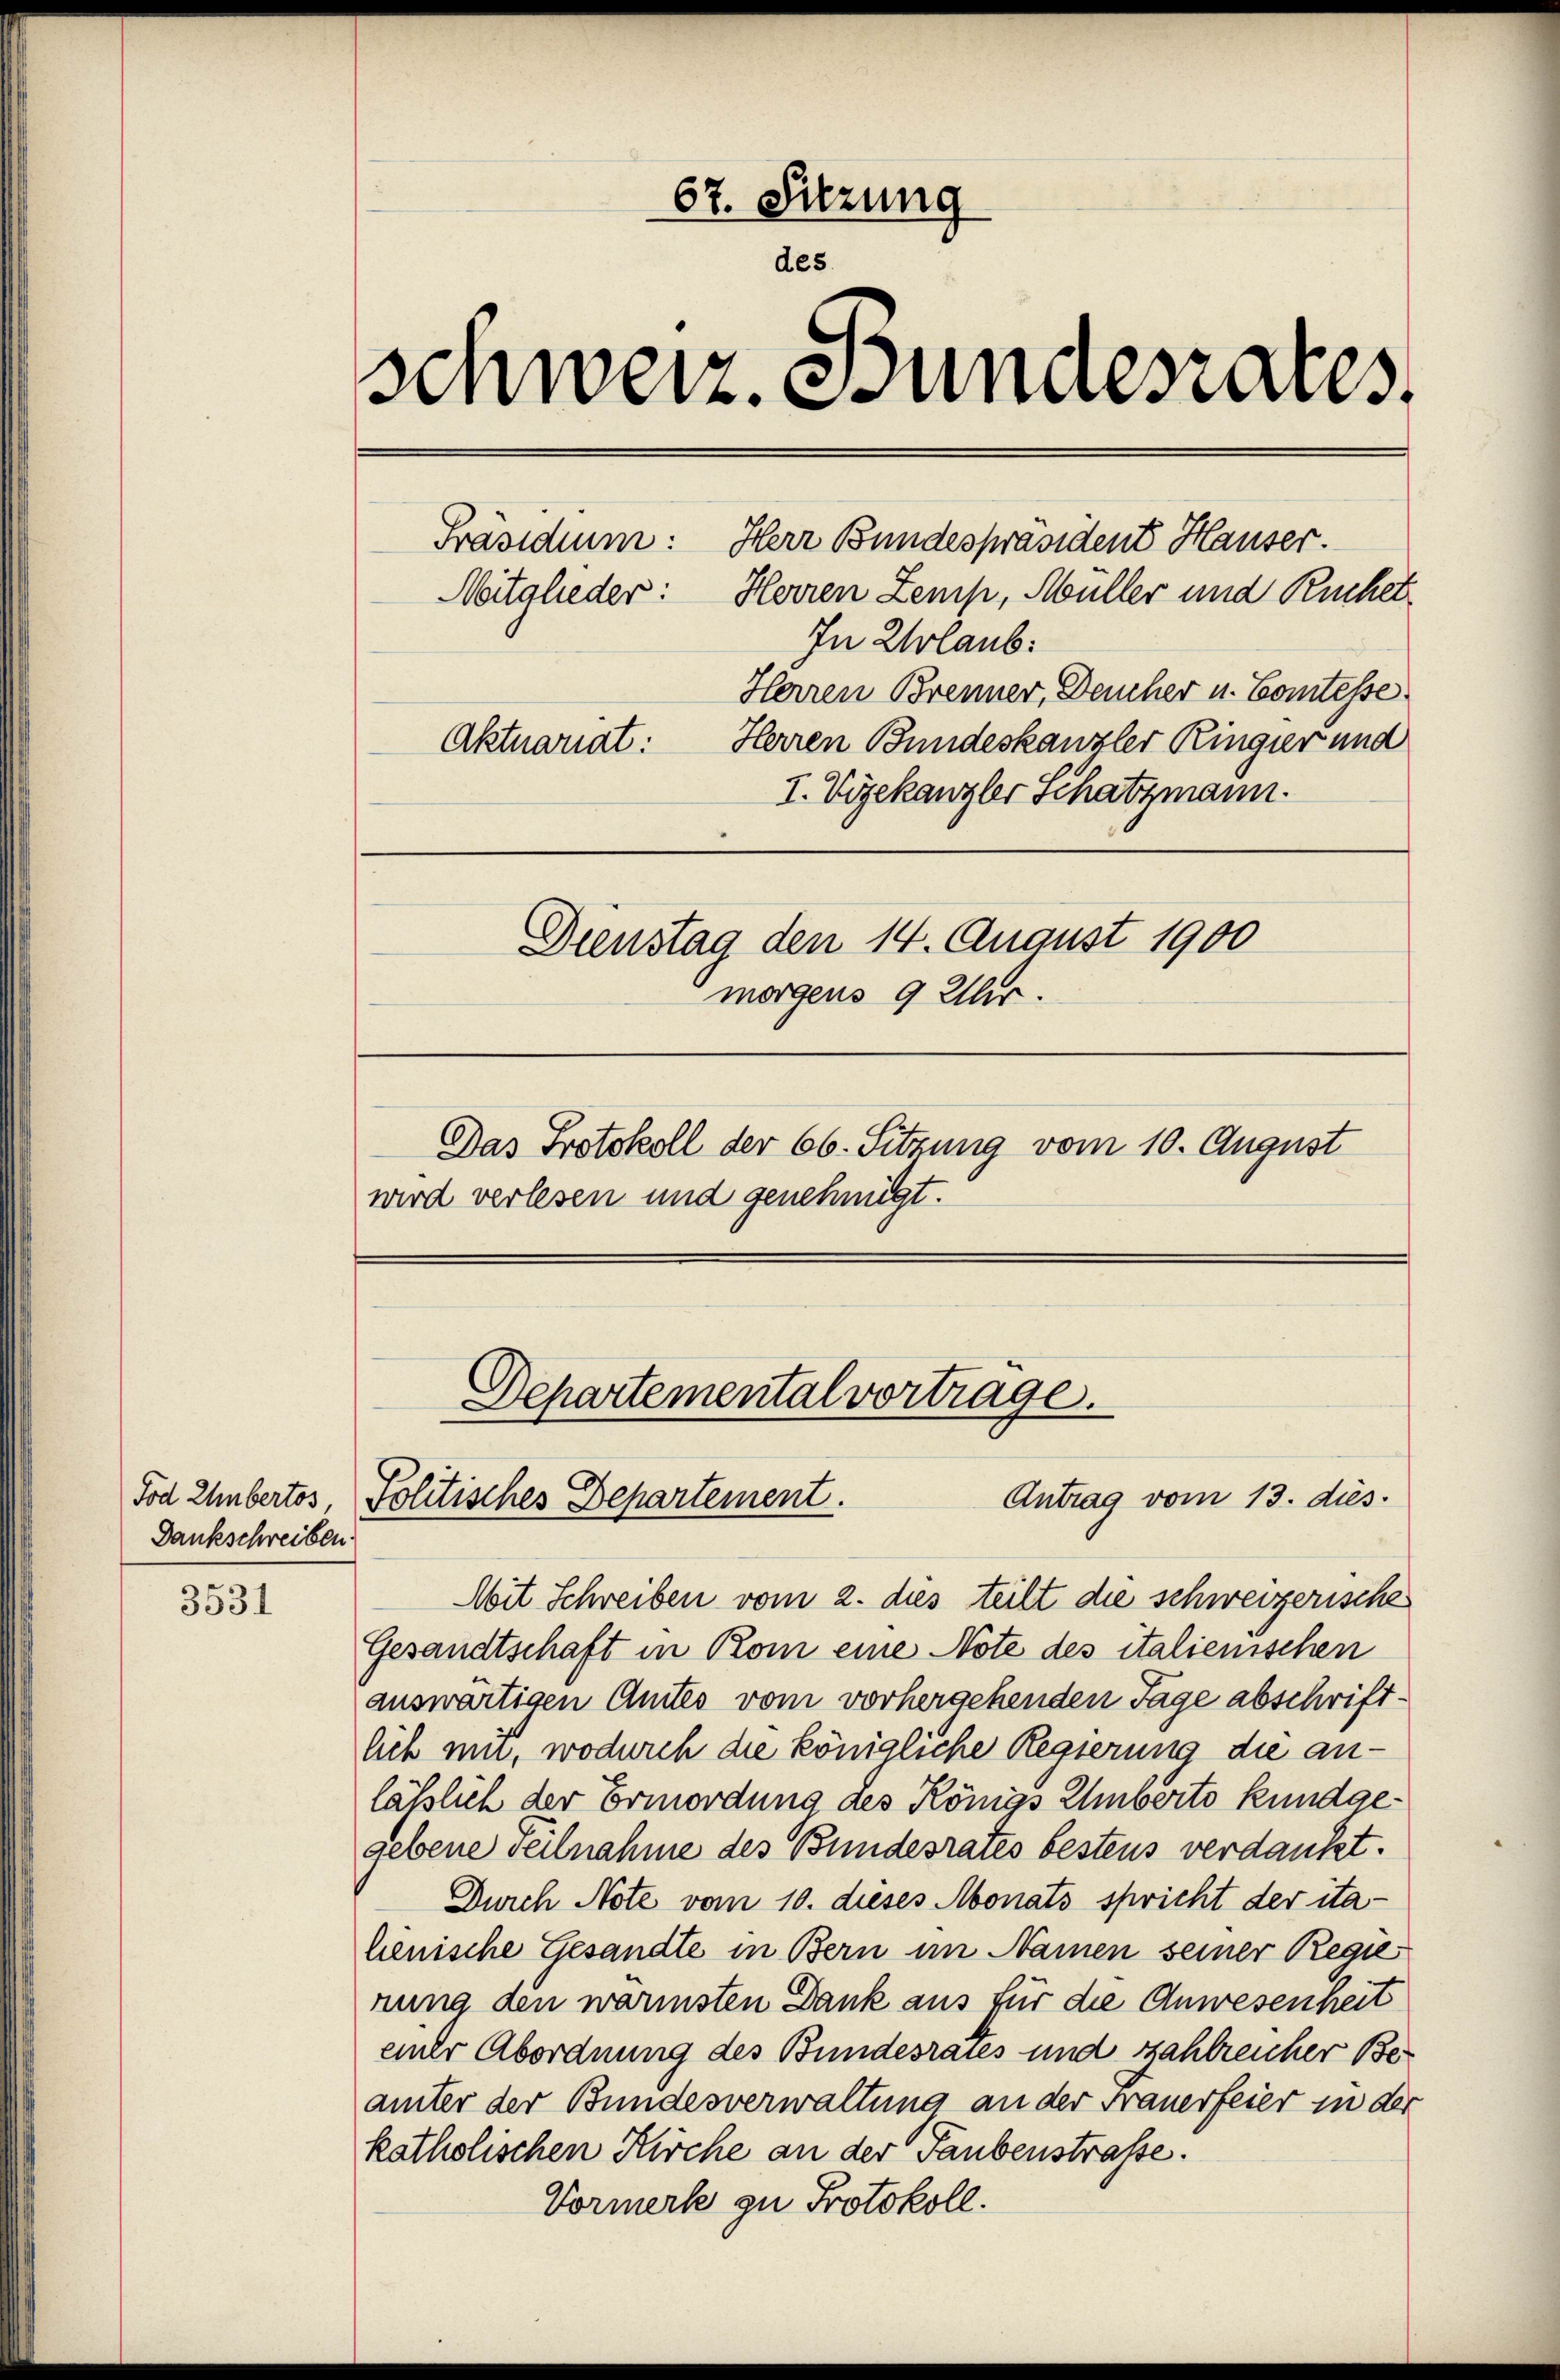
Dankschreiben.

3531

67. Sitzung
des
schwerz. Junaesares
Präsidium:
Aktuariat:
Dienstag den 14. August 1900
morgens 9 Uhr.
Das Protokoll der 66. Sitzung vom 10. August
wird verlesen und genehmigt.

Mit Schreiben vom 2. dies teilt die schweizerische
Gesandtschaft in Rom eine Note des italienischen
auswärtigen Amtes vom vorhergehenden Tage abschriftlich um, wodurch die königliche Regierung die anlässlich der Ermordung des Königs Eberto kundgegebene Teilnahme des Bundesrates bestens verdankt.
Durch Note vom 10. dieses Monats spricht der ita-
henische Gesandte in Bern im Namen seiner Regie
nung den wärmsten Dank aus für die Anwesenheit
einer Abordnung des Bundesrais und zahlreicher Beämter der Bundesverwaltung an der Frauerfeier in der
katholischen Kirche an der Taubenstraße.
Vormerk zu Protokoll.

Mitglieder: Herren Zemp, Müller und Ruchet
In Urlaub.
Herren Brenner, Deucher u. Comtesse
Herren Bundeskanzler Ringier und
I. Vizekanzler Schatzmann.

Tod Ehnbertos Politisches Departement.

Departemental vortrage.

Herr Bundespräsident Hauser.

Antrag vom 13. dies